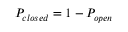
P _ { c l o s e d } = 1 - P _ { o p e n }